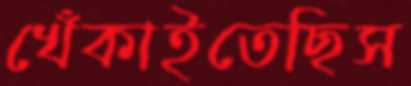
খেঁকাইতেছিস